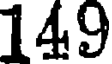
149